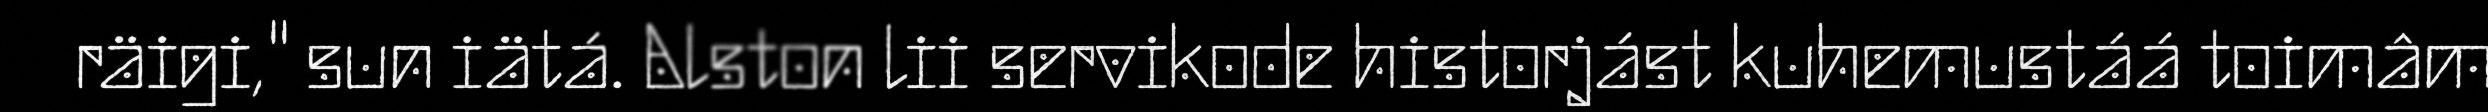
räigi," sun iätá. Alston lii servikode historjást kuhemustáá toimâm